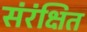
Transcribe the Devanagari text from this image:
संरंक्षित